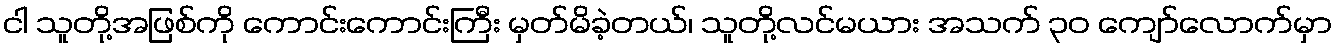
ငါ သူတို့အဖြစ်ကို ကောင်းကောင်းကြီး မှတ်မိခဲ့တယ်၊ သူတို့လင်မယား အသက် ၃၀ ကျော်လောက်မှာ